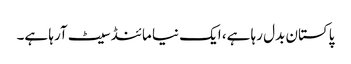
پاکستان بدل رہا ہے، ایک نیا مائنڈ سیٹ آرہا ہے۔